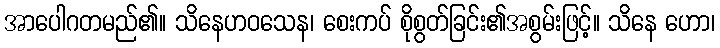
အာပေါဂတမည်၏။ သိနေဟဝသေန၊ စေးကပ် စိုစွတ်ခြင်း၏အစွမ်းဖြင့်။ သိနေ ဟော၊